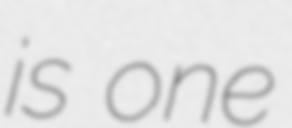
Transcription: is one